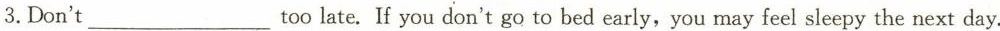
3.Don't too___ late. If you don't go to bed early, you may feel sleepy the next day.